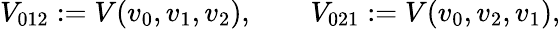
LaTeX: V_{012}:=V(v_{0},v_{1},v_{2}),\qquad V_{021}:=V(v_{0},v_{2},v_{1}),